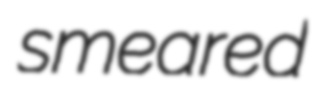
smeared